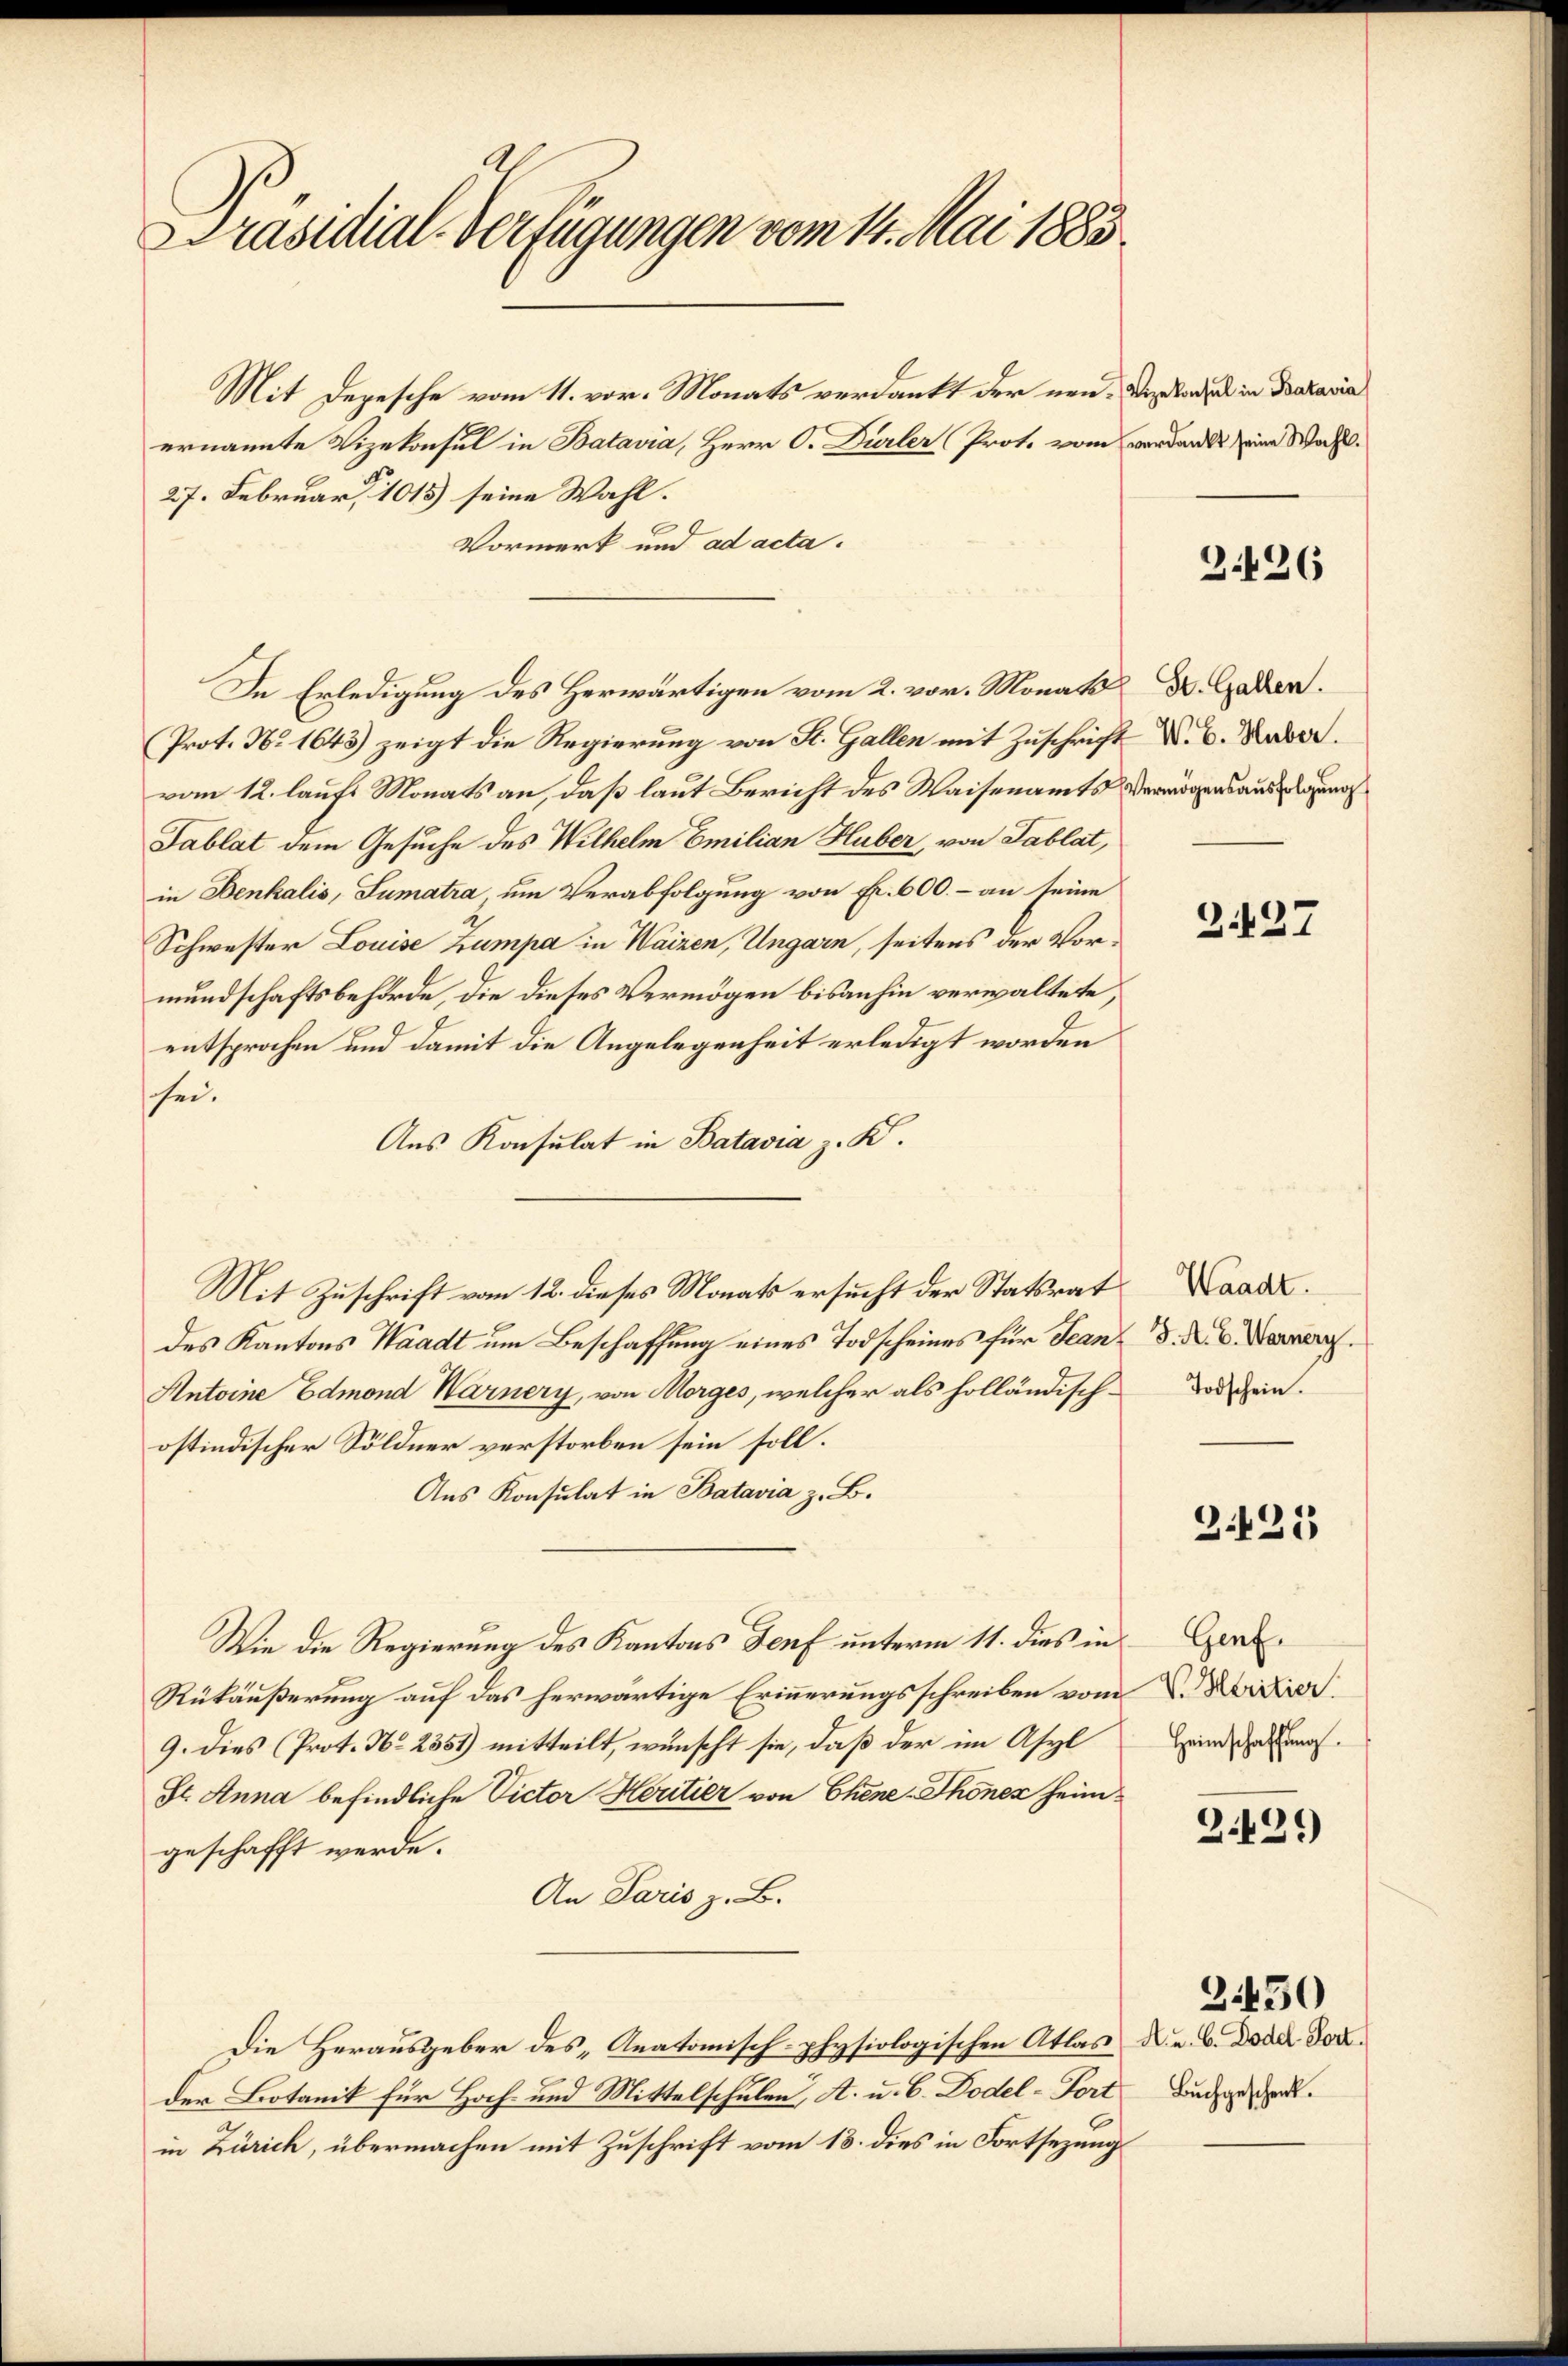
Präsidial-Verfügungen vom 14. Mai 1883

Mit Depesche vom 11. vor. Monats verdankt der neuernannte Vizekonsul in Batavia, Herr O. Dürler Prote vom verdankt eine Wahl.
27. Februar 1015) seine Wahl.
Vormerk und ad acta.
In Erledigung des Herwärtigen vom 2. vor. Monat d. Gaden.
Prot. No 1643) zeigt die Regierung von St. Gallen mit Zuschrift d. 6. Haber
vom 12. laufs Monats an, daß laut Bericht des Waisenamts Vermögensausgeno
Tablat dem Gesuche des Wilhelm Emilian Huber, von Tablat,
in Denkalis, Sumatra um Verabfolgung von Fr. 600.– an seine
Schwester Louise Zumpa in Waizen, Ungarn, seitens der Vormundschaftsbehörde, die dieses Vermögen bisanhin verwaltete,
entsprochen und damit die Angelegenheit erledigt worden
sei.
Aus Konsulat in Batavia z. K.
Mit Zuschrift vom 12. dieses Monats ersucht der Statsrat
des Kantons Waadt um Beschaffung eines Todscheines für Jean¬
Antoine Edmond Warnery, von Morges, welcher als holländischostindischer Söldner verstorben sein soll.
Aus Konsulat in Batavia z. B.
Wie die Regierung des Kantons Genf unterm 11. dies in
Rükäußerung auf das herwärtige Erinnerungsschreiben vom
9. Dies (Prot. No 2351) mitteilt, wünscht sie, daß der im Asyl
St. Anna befindliche Victor Heritier von Chene Thonez heimgeschafft werde.
An Paris z. B.
Die Herausgeber des „Anatomisch-physiologischen Atlas
der Botanik für Hoch- und Mittelschulen, A. u. b. Dodel-Fort
in Zürich, übermachen mit Zuschrift vom 13. dies in Fortsezung

Vizekonsul in Batavia

3426

Z.127

Waadt.
J. A. B. Warnery.
Todschein.

3.425

Genf.
V. Heritier.
Heimschaffung.

2.499)

A. u. b. Doddl-Port.
Buchgeschenk.

3450